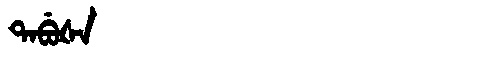
Manchu: ᡨᠠᠪᡠᡧᠠ
Romanization: TABUŠA